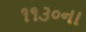
૧૧૩૦ના